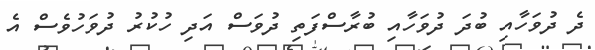
ދެ ދުވަހާއި ބުދަ ދުވަހާއި ބުރާސްފަތި ދުވަސް އަދި ހުކުރު ދުވަހުވެސް އެ